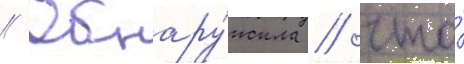
// Обнару́жила / что́